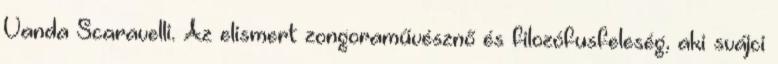
Vanda Scaravelli. Az elismert zongoraművésznő és filozófusfeleség, aki svájci